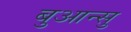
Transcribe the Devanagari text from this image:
बुआन्सु